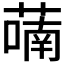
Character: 𬞑